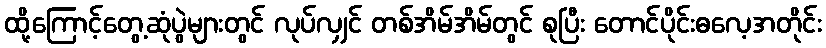
ထို့ကြောင့်တွေ့ဆုံပွဲများတွင် လုပ်လျှင် တစ်အိမ်အိမ်တွင် စုပြီး တောင်ပိုင်းဓလေ့အတိုင်း